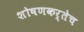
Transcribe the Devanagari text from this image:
शोषणकर्तेच